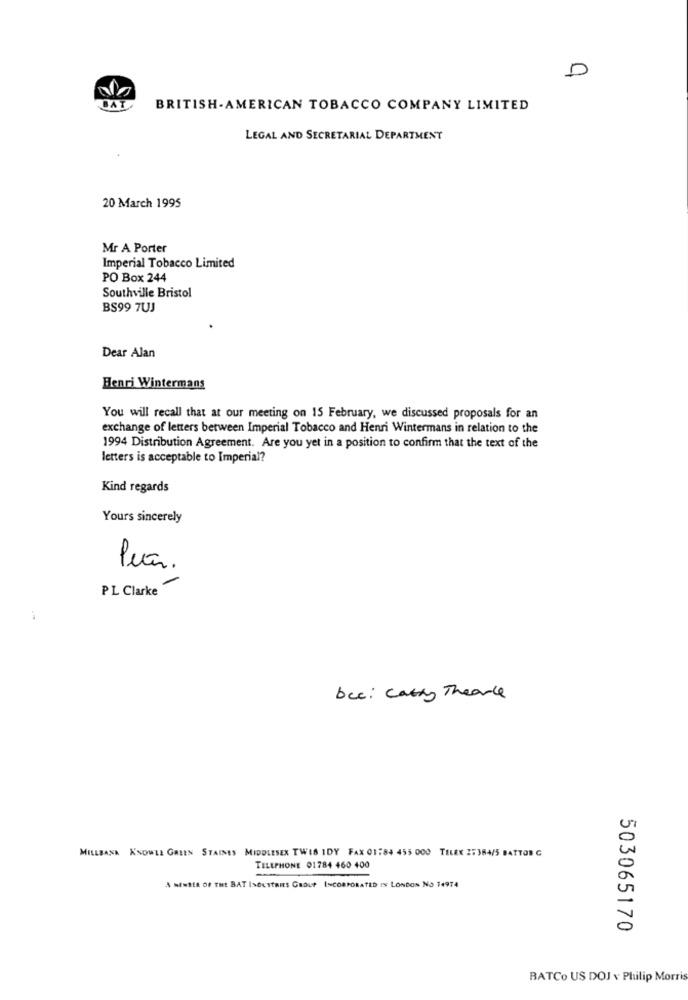
D
BAT
BRITISH-AMERICAN TOBACCO COMPANY LIMITED
LEGAL AND SECRETARIAL DEPARTMENT
20 March 1995
Mr A Porter
Imperial Tobacco Limited
PO Box 244
Southville Bristol
BS99 7UJ
Dear Alan
Henri Wintermans
You will recall that at our meeting on 15 February, we discussed proposals for an
exchange of letters between Imperial Tobacco and Henri Wintermans in relation to the
1994 Distribution Agreement. Are you yet in a position to confirm that the text of the
letters is acceptable to Imperial?
Kind regards
Yours sincerely
Peca.
PL Clarke
-
bce : Catty Thearle
MILLBANK KNOWLL GALEN STAINES MIDDLESEX TWIS IDY FAX 01:84 455 000 TELEX 27364/5 BATTON G
TELEPHONE 01784 460 400
A MEMBER OF THE BAT ISOLSTRIES GROUP INCORPORATED IN LONDON NO 14974
503065170
BATCo US DOJ v Philip Morris